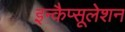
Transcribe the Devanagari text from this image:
इन्कैप्सूलेशन